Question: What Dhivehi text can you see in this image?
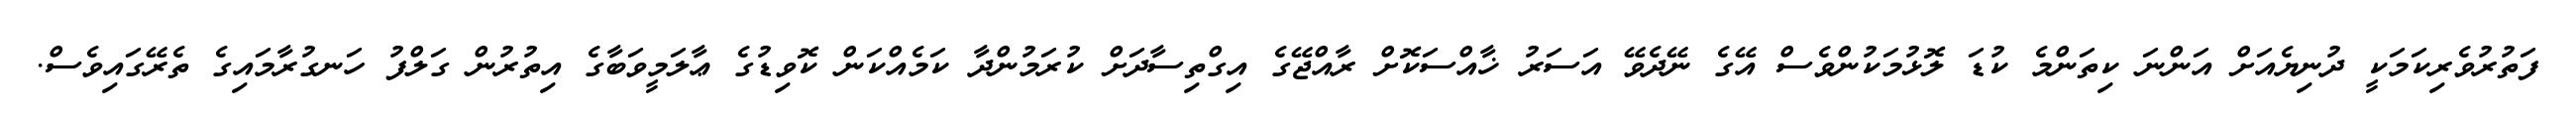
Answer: ފަތުރުވެރިކަމަކީ ދުނިޔެއަށް އަންނަ ކިތަންމެ ކުޑަ ލޮޅުމަކުންވެސް އޭގެ ނޭދެވޭ އަސަރު ޚާއްސަކޮށް ރާއްޖޭގެ އިގްތިސާދަށް ކުރަމުންދާ ކަމެއްކަން ކޮވިޑުގެ ޢާލަމީވަބާގެ އިތުރުން ގަލްފު ހަނގުރާމައިގެ ތެރޭގައިވެސް.